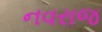
નવરાજ